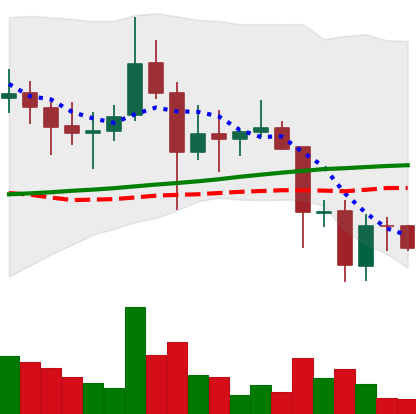
Ticker: DOGE-USD
Chart end date: 2021-11-21
Forward return: -11.241%
Label: down_7plus